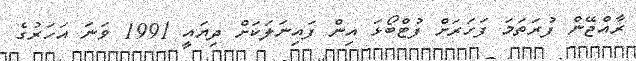
ރާއްޖޭން ފުރަތަމަ ފަހަރަށް ފުޓްބޯޅަ އިން ފައިނަލަކަށް ދިޔައީ 1991 ވަނަ އަހަރުގެ